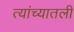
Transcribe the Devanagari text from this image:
त्यांच्यातली